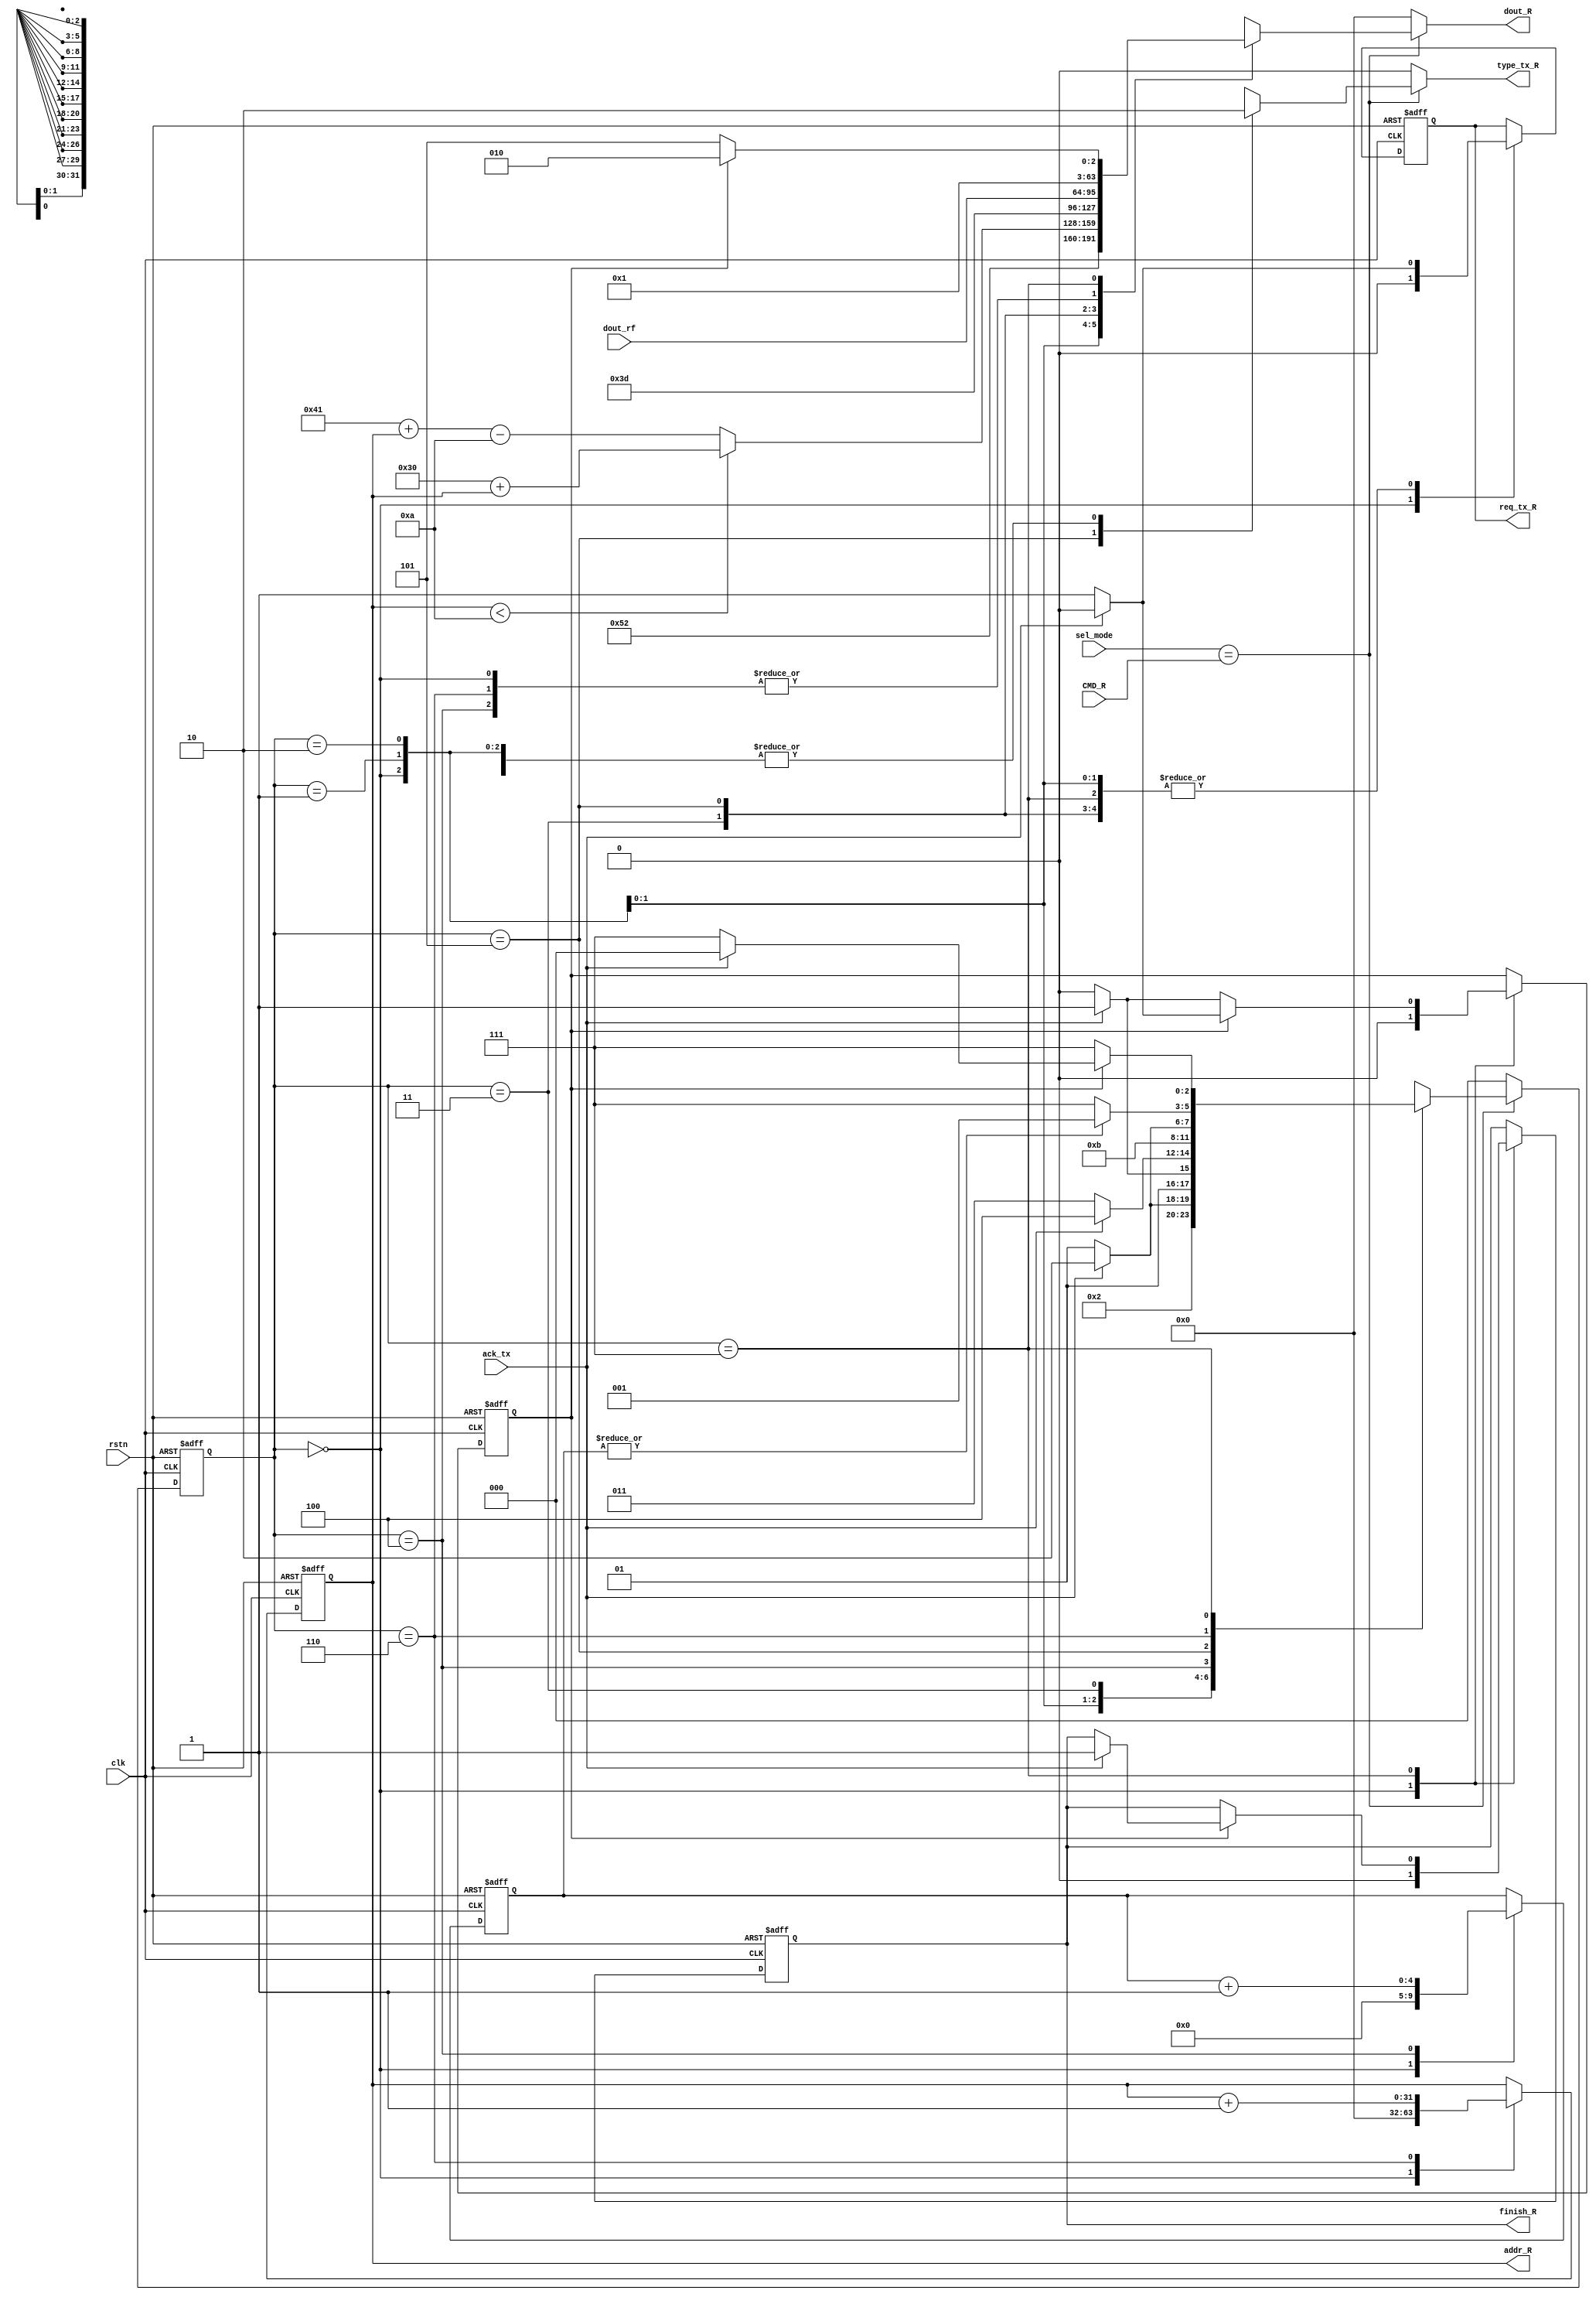
module DCP_R(
    input clk,
    input rstn,
    input [7:0] sel_mode,
    input [7:0] CMD_R,
    output reg finish_R,
    output reg req_tx_R,
    output reg type_tx_R,
    input ack_tx,
    output  [31:0] addr_R,
    input [31:0] dout_rf,
    output reg [31:0] dout_R
    //test
    );

    parameter [2:0]
    INIT = 3'h0,
    PRINTR = 3'h1,
    PRINTA = 3'h2,
    PRINTMAO =  3'h3,
    DATA = 3'h4,
    PRINTD = 3'h5,
    ADD = 3'h6,
    FINISH = 3'h7;

    reg [2:0] NS=INIT, CS=INIT;
    reg [4:0] count_DATA = 0;
    reg count_FINISH = 0;
    reg [31:0] cur_addr;
    assign addr_R = cur_addr;
    wire we;
    assign we=(sel_mode == CMD_R);
    always@(posedge clk or negedge rstn) begin
        if(~rstn) begin
            CS<=INIT;
            finish_R<=0;
            req_tx_R<=0;
            count_DATA<=0;
            count_FINISH<=0;
            cur_addr <= 0;
        end
        else begin
            CS<=NS;
            case(CS)
                INIT:begin
                    finish_R<=0;
                    req_tx_R<=0;
                    count_DATA<=0;
                    count_FINISH<=0;
                    cur_addr <= 0;
                end
                PRINTR: begin
                if (ack_tx) begin
                    req_tx_R <= 0;
                end
                else req_tx_R <= 1;
            end
            PRINTA: begin
                if (ack_tx) begin
                    req_tx_R <= 0;
                end
                else req_tx_R <= 1;
            end
            PRINTMAO: begin
                if (ack_tx) begin
                    req_tx_R <= 0;
                end
                else req_tx_R <= 1;
            end
            DATA: begin
                count_DATA <= count_DATA + 1;
            end
            PRINTD: begin
                if (ack_tx) begin
                    req_tx_R <= 0;
                end
                else req_tx_R <= 1;
            end
            ADD: cur_addr<=cur_addr+1;
            FINISH: begin
                if (count_FINISH == 0) begin
                    if (ack_tx) begin 
                        count_FINISH <= 1;
                        req_tx_R <= 0;
                    end
                    else req_tx_R <= 1;
                end
                else begin
                    if (ack_tx) begin
                        count_FINISH <= 0;
                        req_tx_R <= 0;
                        finish_R<=1;
                    end
                    else req_tx_R <= 1;
                end
            end


        endcase
    end
    end
    always@(*)begin
        NS = CS;
        type_tx_R = 0;
        dout_R = 0;
        if(~we) NS =INIT;
        else case(CS)
            INIT: begin
                if (sel_mode == CMD_R) begin
                    NS = PRINTR;
                end
            end
            PRINTR: begin
                type_tx_R = 0;
                dout_R = 32'h52;
                if(ack_tx) begin
                    NS = PRINTA;
                end
                else NS = PRINTR;
            end
            PRINTA: begin
                type_tx_R = 0;
                if(cur_addr < 10)
                dout_R = 32'h30 + cur_addr;
                else
                dout_R = 32'h41 + cur_addr - 10;
                if(ack_tx) begin
                    NS = PRINTMAO;
                end
                else NS = PRINTA;
            end
            PRINTMAO: begin
                type_tx_R = 0;
                dout_R = 32'h3D;
                if(ack_tx) begin
                    NS = DATA;
                end
                else NS = PRINTMAO;
            end
            DATA :begin
                NS = PRINTD;
            end
            PRINTD:begin
                type_tx_R = 1;
                dout_R = dout_rf;
                if(~ack_tx) NS = PRINTD;
                else begin NS = ADD;
                end
            end
            ADD: begin
                if(|count_DATA) NS = PRINTR;
                    else NS = FINISH;
            end
            FINISH: begin
                if (count_FINISH == 0) begin
                    type_tx_R = 0;
                    dout_R = 32'h0d;
                    NS = FINISH;
                end
                else begin
                    type_tx_R = 0;
                    dout_R = 32'h0a;
                    if (ack_tx) begin
                        NS = INIT;
                        
                    end
                    else NS = FINISH;
                end
            end
        endcase
    end
endmodule